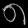
Digit: ၈